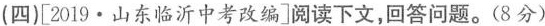
(四}[2019·山东临沂中考改编]阅读下文，回答问题。(8分)